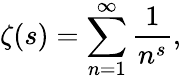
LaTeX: \zeta(s)=\sum_{n=1}^{\infty}{\frac{1}{n^{s}}},